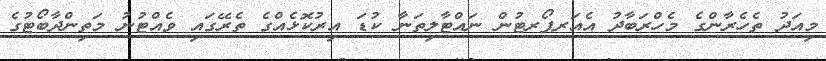
މިއަދު ތެހެރާންގެ މެހްރަބާދު އެއަރޕޯރޓުން ނައްޓާލިތަނާ ކުޑަ އިރުކޮޅެއްގެ ތެރޭގައި ވެއްޓުނު މަތިންދާބޯޓުގެ